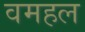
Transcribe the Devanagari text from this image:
वमहल